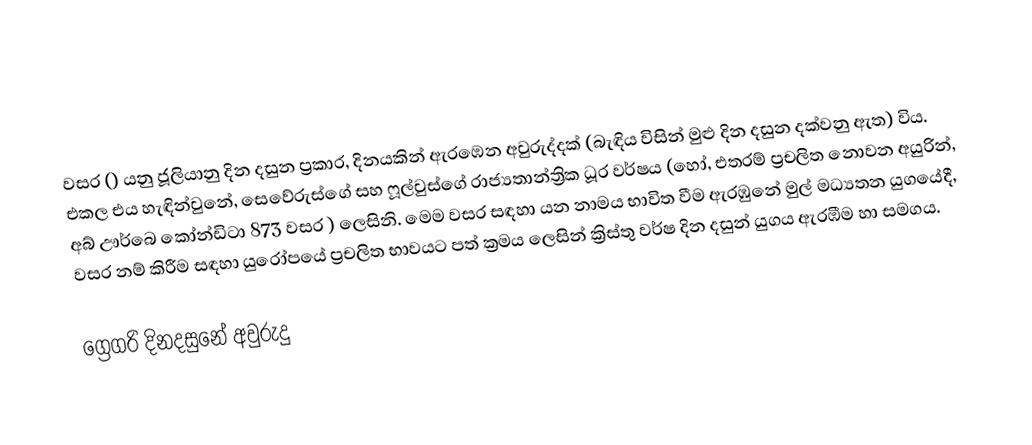

වසර   () යනු  ජූලියානු දින දසුන ප්‍රකාර,    දිනයකින් ඇරඹෙන  අවුරුද්දක්   (බැඳිය විසින් මුළු දින දසුන දක්වනු ඇත)  විය. එකල එය හැඳින්වුනේ, 	සෙවේරුස්ගේ	 සහ 	ෆූල්වුස්ගේ	  රාජ්‍යතාන්ත්‍රික  ධූර වර්ෂය  (හෝ, එතරම් ප්‍රචලිත නොවන අයුරින්,  අබ් ඌර්බෙ කෝන්ඩිටා 	873	  වසර  ) ලෙසිනි. මෙම වසර සඳහා   යන නාමය භාවිත වීම ඇරඹුනේ මුල් මධ්‍යතන යුගයේදී, වසර නම් කිරීම සඳහා යුරෝපයේ ප්‍රචලිත භාවයට පත් ක්‍රමය ලෙසින් ක්‍රිස්තු වර්ෂ දින දසුන් යුගය ඇරඹීම හා සමගය.

ග්‍රෙගරි දිනදසුනේ අවුරුදු